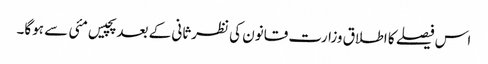
اس فیصلے کا اطلاق وزارت قانون کی نظرثانی کے بعد پچیس مئی سے ہوگا۔